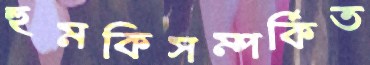
হুমকিসম্পর্কিত